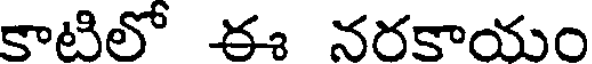
కాటిలో ఈ నరకాయం